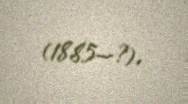
(1885—?).